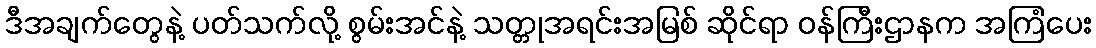
ဒီအချက်တွေနဲ့ ပတ်သက်လို့ စွမ်းအင်နဲ့ သတ္တုအရင်းအမြစ် ဆိုင်ရာ ဝန်ကြီးဌာနက အကြံပေး